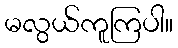
မလွယ်ကူကြပါ။